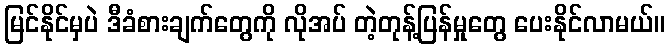
မြင်နိုင်မှပဲ ဒီခံစားချက်တွေကို လိုအပ် တဲ့တုန့်ပြန်မှုတွေ ပေးနိုင်လာမယ်။